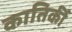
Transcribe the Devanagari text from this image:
कातिर्की